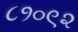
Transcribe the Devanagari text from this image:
८१०९२